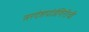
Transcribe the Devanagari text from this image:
सरदेशपांडेगिरीची